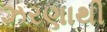
ઝરણાથી